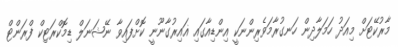
މާރުކޭޓަށް މިއަދު ހަމަލާދިން ހަނގުރާމަވެރިންނަކީ އިންޑިއާގައި ޣައިރުގާނޫނީ ކޮށްފައިވާ ނޭޝަނަލް ޑިމޮކްރަޓިކް ފްރަންޓް